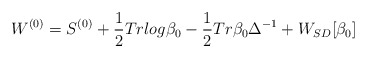
\begin{align*} W^{(0)} = S^{(0)} + \frac{1}{2} Tr log \beta_0 - \frac{1}{2} Tr \beta_0 \Delta^{-1} + W_{SD} [\beta_0]\end{align*}